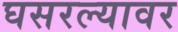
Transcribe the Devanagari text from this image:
घसरल्यावर